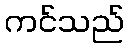
ကင်သည်